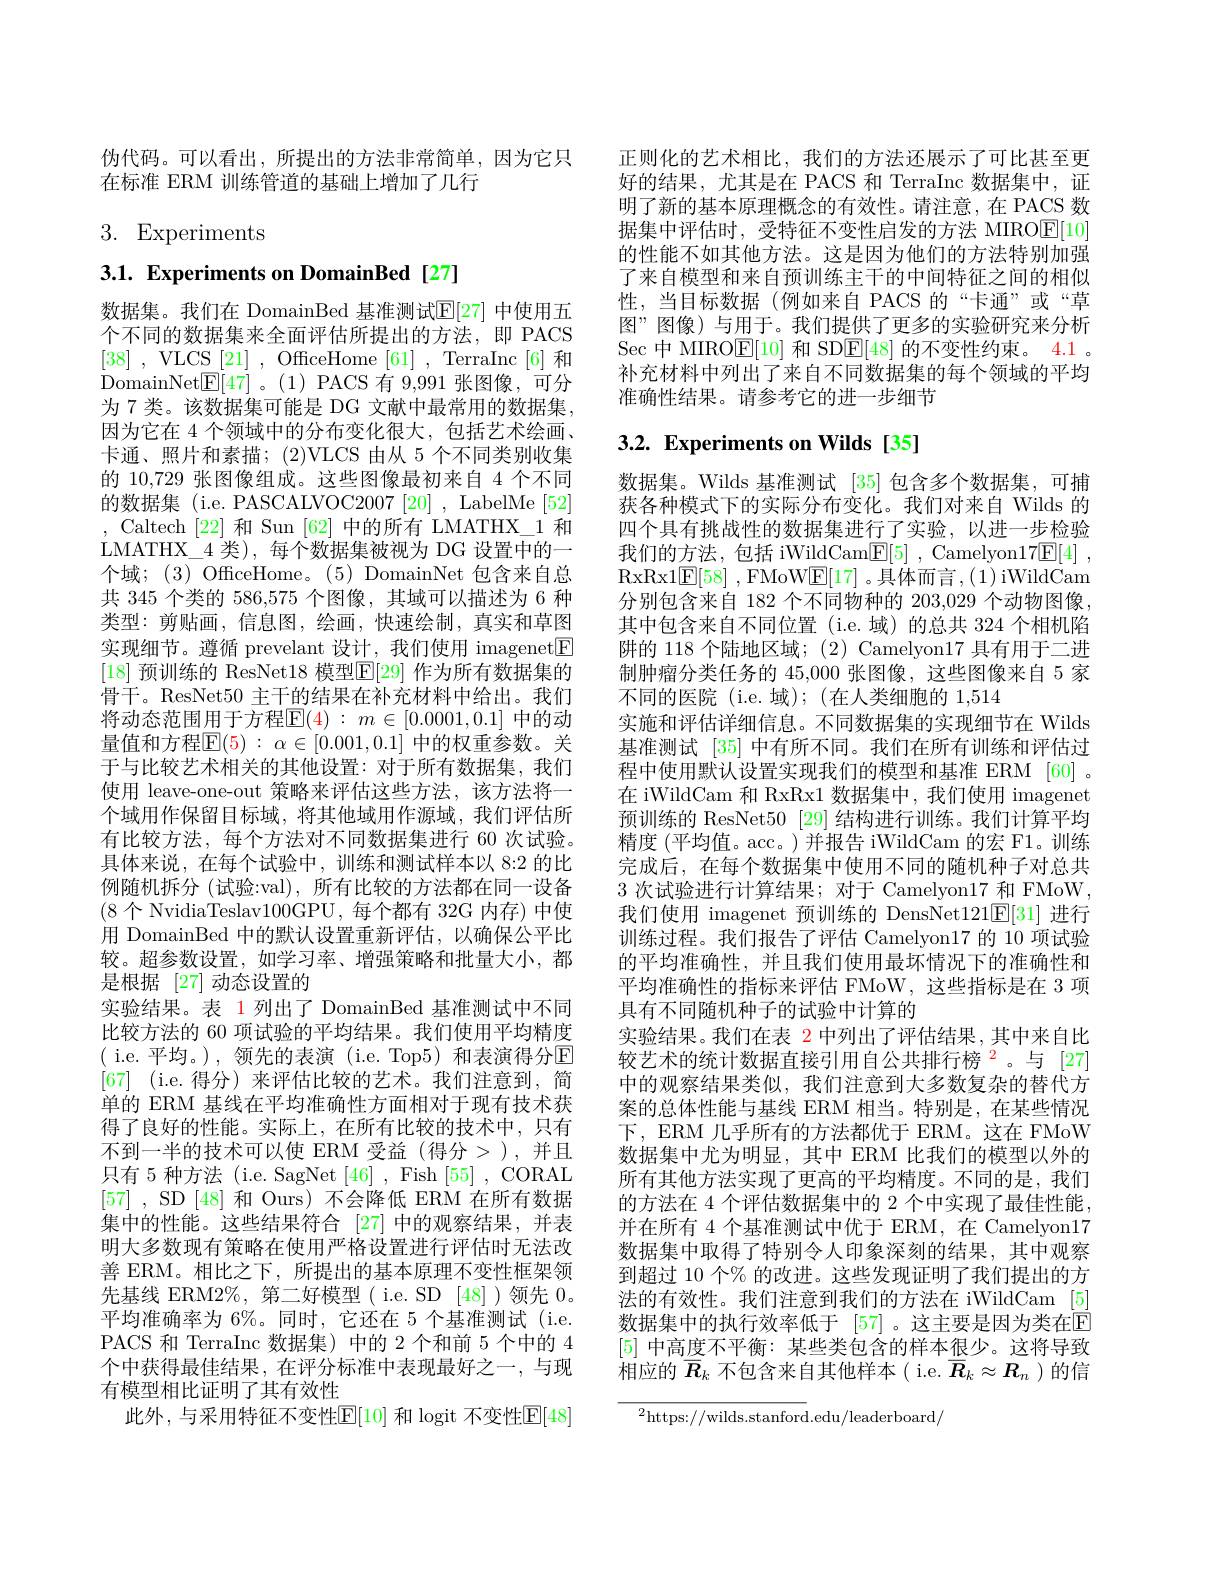
伪代码。可以看出，所提出的方法非常简单，因为它只
在标准 ERM 训练管道的基础上增加了几行

3. Experiments

3.1. Experiments on DomainBed[27]

数据集。我们在 DomainBed 基准测试$\mathbb{E}[27]$ 中使用五个不同的数据集来全面评估所提出的方法，即 PACS [38] , VLCS [ 21] , OffceHome [ 61] , TerraInc [ 6] 和 DomainNet$\underline{\mathrm{E}}[47]$。(1)PACS 有 9,991 张图像，可分为 7 类。该数据集可能是 DG 文献中最常用的数据集， 因为它在 4 个领域中的分布变化很大，包括艺术绘画、 卡通、照片和素描；(2)VLCS 由从 5 个不同类别收集的 10,729 张图像组成。这些图像最初来自 4 个不同的数据集 (i.e. PASCALVOC2007 [20] , LabelMe [52] , Caltech [22]和 Sun [62]中的所有 LMATHX\_1 和LMATHX\_4 类),每个数据集被视为 DG 设置中的一个域；(3) OfficeHome。(5) DomainNet 包含来自总共 345 个类的 586,575 个图像，其域可以描述为 6 种类型：剪贴画，信息图，绘画，快速绘制，真实和草图实现细节。遵循 prevelant 设计，我们使用 imagenet$\boxed{\mathrm{F}}$ [18] 预训练的 ResNet18 模型$\mathbb{E}[29]$ 作为所有数据集的骨干。ResNet50 主干的结果在补充材料中给出。我们将动态范围用于方程$\mathsf{E}(4):m\in[0.0001,0.1]$ 中的动量值和方程$\overline{\mathrm{E}}(5):\alpha\in[0.001,0.1]$ 中的权重参数。关于与比较艺术相关的其他设置：对于所有数据集，我们使用 leave-one-out 策略来评估这些方法，该方法将一个域用作保留目标域，将其他域用作源域，我们评估所有比较方法，每个方法对不同数据集进行 60 次试验。具体来说，在每个试验中，训练和测试样本以 8:2 的比例随机拆分(试验：val),所有比较的方法都在同一设备(8个 NvidiaTeslav100GPU,每个都有 32G 内存)中使用 DomainBed 中的默认设置重新评估，以确保公平比较。超参数设置，如学习率、增强策略和批量大小，都是根据[27]动态设置的
实验结果。表 1 列出了 DomainBed 基准测试中不同比较方法的 60 项试验的平均结果。我们使用平均精度( i.e.平均。),领先的表演 (i.e. Top5)和表演得分$\mathbb{E}$ [67] (i.e.得分)来评估比较的艺术。我们注意到，简单的 ERM 基线在平均准确性方面相对于现有技术获得了良好的性能。实际上，在所有比较的技术中，只有不到一半的技术可以使 ERM 受益 (得分>),并且只有 5 种方法 (i.e. SagNet [46] , Fish [55] , CORAL [57] , SD [48] 和 Ours) 不会降低 ERM 在所有数据集中的性能。这些结果符合 [27] 中的观察结果，并表明大多数现有策略在使用严格设置进行评估时无法改善 ERM。相比之下，所提出的基本原理不变性框架领先基线 ERM2%, 第二好模型( i.e. SD [48])领先 0。平均准确率为 6%。同时，它还在 5 个基准测试 (i.e. PACS 和 TerraInc 数据集) 中的 2 个和前 5 个中的 4个中获得最佳结果，在评分标准中表现最好之一，与现有模型相比证明了其有效性
此外，与采用特征不变性$\mathbb{E}[10]$ 和 logit 不变性$\mathbb{E}[48]$

正则化的艺术相比，我们的方法还展示了可比甚至更好的结果，尤其是在 PACS 和 TerraInc 数据集中，证明了新的基本原理概念的有效性。请注意，在 PACS 数据集中评估时，受特征不变性启发的方法 MIRO$\underline{\mathrm{E}}[10]$ 的性能不如其他方法。这是因为他们的方法特别加强了来自模型和来自预训练主干的中间特征之间的相似性，当目标数据(例如来自 PACS的“卡通”或“草图”图像)与用于。我们提供了更多的实验研究来分析$\operatorname{Sec}$中 MIRO$\operatorname{E}[10]$ 和 SD$\operatorname{E}[48]$ 的不变性约束。$\color{red}{4.1}$。补充材料中列出了来自不同数据集的每个领域的平均准确性结果。请参考它的进一步细节

# 3.2. Experiments on Wilds [35]

数据集。Wilds 基准测试[35]包含多个数据集，可捕获各种模式下的实际分布变化。我们对来自 Wilds 的四个具有挑战性的数据集进行了实验，以进一步检验我们的方法，包括 iWildCam$\boxed{\mathrm{F} }[ 5]$ , Camelyon$17\boxed{\mathrm{E} }[ 4]$ , RxRx1$\mathbb{E} [ 58]$ ,FMoW$\underline{\mathrm{E}}[17]$。具体而言，(1)iWildCam 分别包含来自 182 个不同物种的 203,029 个动物图像其中包含来自不同位置(i.e.域)的总共 324 个相机陷阱的 118 个陆地区域；(2) Camelyon17 具有用于二进制肿瘤分类任务的 45,000 张图像，这些图像来自 5 家不同的医院 (i.e.域); (在人类细胞的 1,514
实施和评估详细信息。不同数据集的实现细节在 Wilds 基准测试 [35] 中有所不同。我们在所有训练和评估过程中使用默认设置实现我们的模型和基准 ERM [60] 。在 iWildCam 和 RxRx1 数据集中，我们使用 imagenet 预训练的 ResNet50 [29]结构进行训练。我们计算平均精度 (平均值。acc。) 并报告 iWildCam 的宏 F1。训练完成后，在每个数据集中使用不同的随机种子对总共3次试验进行计算结果；对于 Camelyon17 和 FMoW, 我们使用 imagenet 预训练的 DensNet121$\mathbb{E}[31]$进行训练过程。我们报告了评估 Camelyon17 的 10 项试验的平均准确性，并且我们使用最坏情况下的准确性和平均准确性的指标来评估 FMoW,这些指标是在 3 项具有不同随机种子的试验中计算的
实验结果。我们在表$\color{red}{2}$中列出了评估结果，其中来自比较艺术的统计数据直接引用自公共排行榜$^{2}$。与 [27] 中的观察结果类似，我们注意到大多数复杂的替代方案的总体性能与基线 ERM 相当。特别是，在某些情况下，ERM 几乎所有的方法都优于 ERM。这在 FMoW 数据集中尤为明显，其中 ERM 比我们的模型以外的所有其他方法实现了更高的平均精度。不同的是，我们的方法在 4 个评估数据集中的 2 个中实现了最佳性能， 并在所有 4 个基准测试中优于 ERM, 在 Camelyon17数据集中取得了特别令人印象深刻的结果，其中观察到超过 10 个% 的改进。这些发现证明了我们提出的方法的有效性。我们注意到我们的方法在 iWildCam [5] 数据集中的执行效率低于 [57]。这主要是因为类在E [5]中高度不平衡：某些类包含的样本很少。这将导致相应的$\overline{\boldsymbol{R}}_k$不包含来自其他样本( i.e. $\overline{\boldsymbol{R}}_k\approx\boldsymbol{R}_n$ )的信

$^2$https://wilds.stanford.edu/leaderboard/